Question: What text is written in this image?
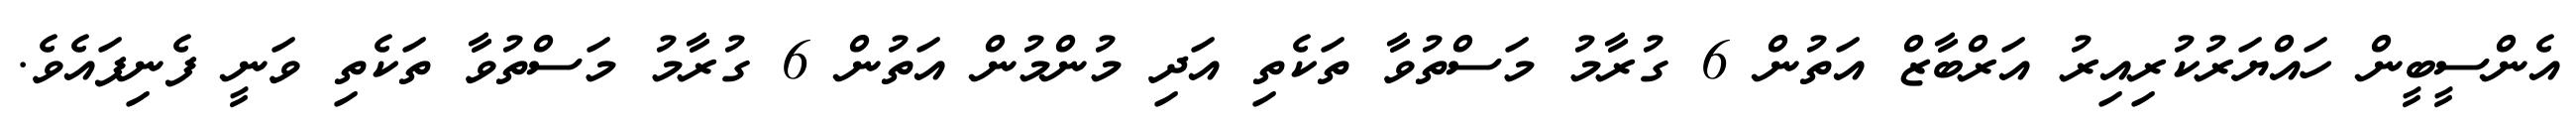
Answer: އެންސީބީން ހައްޔަރުކުރިއިރު އަރްބާޒް އަތުން 6 ގުރާމު މަސްތުވާ ތަކެތި އަދި މުންމުން އަތުން 6 ގުރާމު މަސްތުވާ ތަކެތި ވަނީ ފެނިފައެވެ.